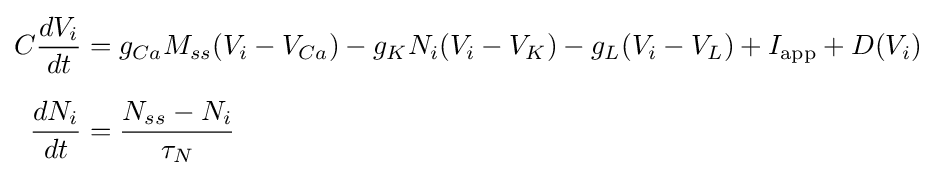
{\begin{aligned}C{dV_{i} \over dt}&=g_{Ca}M_{ss}(V_{i}-V_{Ca})-g_{K}N_{i}(V_{i}-V_{K})-g_{L}(V_{i}-V_{L})+I_{\text{app}}+D(V_{i})\\[6pt]{dN_{i} \over dt}&={{N_{ss}-N_{i}} \over {\tau _{N}}}\end{aligned}}